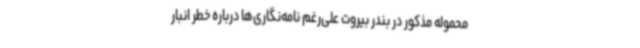
محموله مذکور در بندر بیروت علی‌رغم نامه‌نگاری‌ها درباره خطر انبار